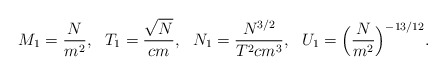
\begin{align*}M_1 = \frac{N}{m^2}, ~~T_1 = \frac{\sqrt{N}}{cm}, ~~N_1 = \frac{N^{3/2}}{T^2 c m^3},~~U_1 = \Big(\frac{N}{m^2}\Big)^{-13/12} . \end{align*}